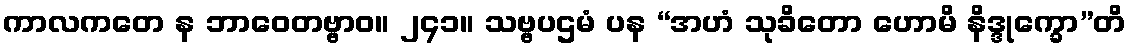
ကာလကတေ န ဘာဝေတဗ္ဗာဝ။ ၂၄၁။ သဗ္ဗပဌမံ ပန “အဟံ သုခိတော ဟောမိ နိဒ္ဒုက္ခော”တိ